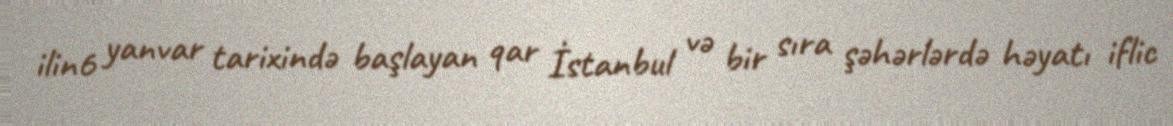
ilin6 yanvar tarixində başlayan qar İstanbul və bir sıra şəhərlərdə həyatı iflic